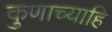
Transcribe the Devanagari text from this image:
कुणाच्याहि